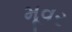
મૂવર